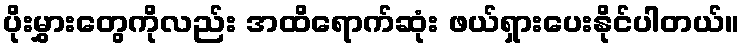
ပိုးမွှားတွေကိုလည်း အထိရောက်ဆုံး ဖယ်ရှားပေးနိုင်ပါတယ်။